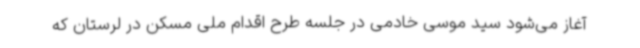
آغاز می‌شود سید موسی خادمی در جلسه طرح اقدام ملی مسکن در لرستان که